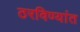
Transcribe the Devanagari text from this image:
ठरविण्यांत